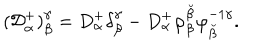
( { \cal D } _ { \alpha } ^ { + } ) _ { \beta } ^ { \gamma } = D _ { \alpha } ^ { + } \delta _ { \beta } ^ { \gamma } - D _ { \alpha } ^ { + } \varphi _ { \beta } ^ { \breve { \beta } } \varphi _ { \breve { \beta } } ^ { - 1 \gamma } .